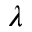
\lambda